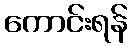
ကောင်းရန်